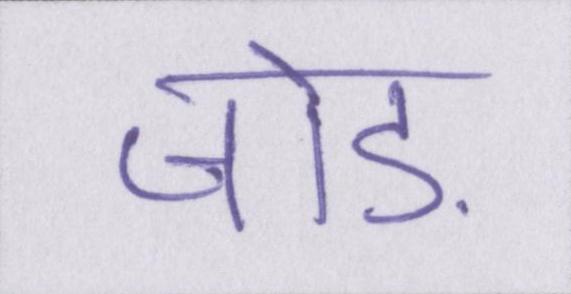
जोड़